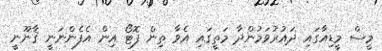
މީސް މީޑިއާގައި ދައުރުވަމުންދާ މަތީގައި އެވާ ތިން ފޮޓޯ އިން އެފެންނަނީ ޤާނޫނީ